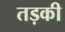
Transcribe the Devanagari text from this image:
तड़की